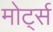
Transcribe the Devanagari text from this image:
मोर्ट्स